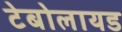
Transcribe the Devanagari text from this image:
टेबोलायड